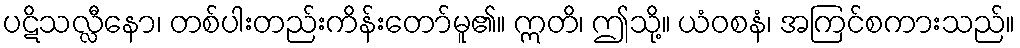
ပဋိသလ္လီနော၊ တစ်ပါးတည်းကိန်းတော်မူ၏။ ဣတိ၊ ဤသို့။ ယံဝစနံ၊ အကြင်စကားသည်။